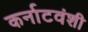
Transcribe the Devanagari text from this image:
कर्नाटवंशी